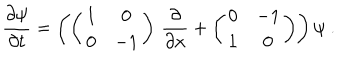
LaTeX: \frac { \partial \psi } { \partial t } = \left( \left( \begin{matrix} { { 1 } } & { { 0 } } \\ { { 0 } } & { { - 1 } } \\ \end{matrix} \right) \, \frac { \partial } { \partial x } + \left( \begin{matrix} { { 0 } } & { { - 1 } } \\ { { 1 } } & { { 0 } } \\ \end{matrix} \right) \right) \psi \ .